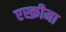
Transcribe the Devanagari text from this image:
एस्क्रीमा